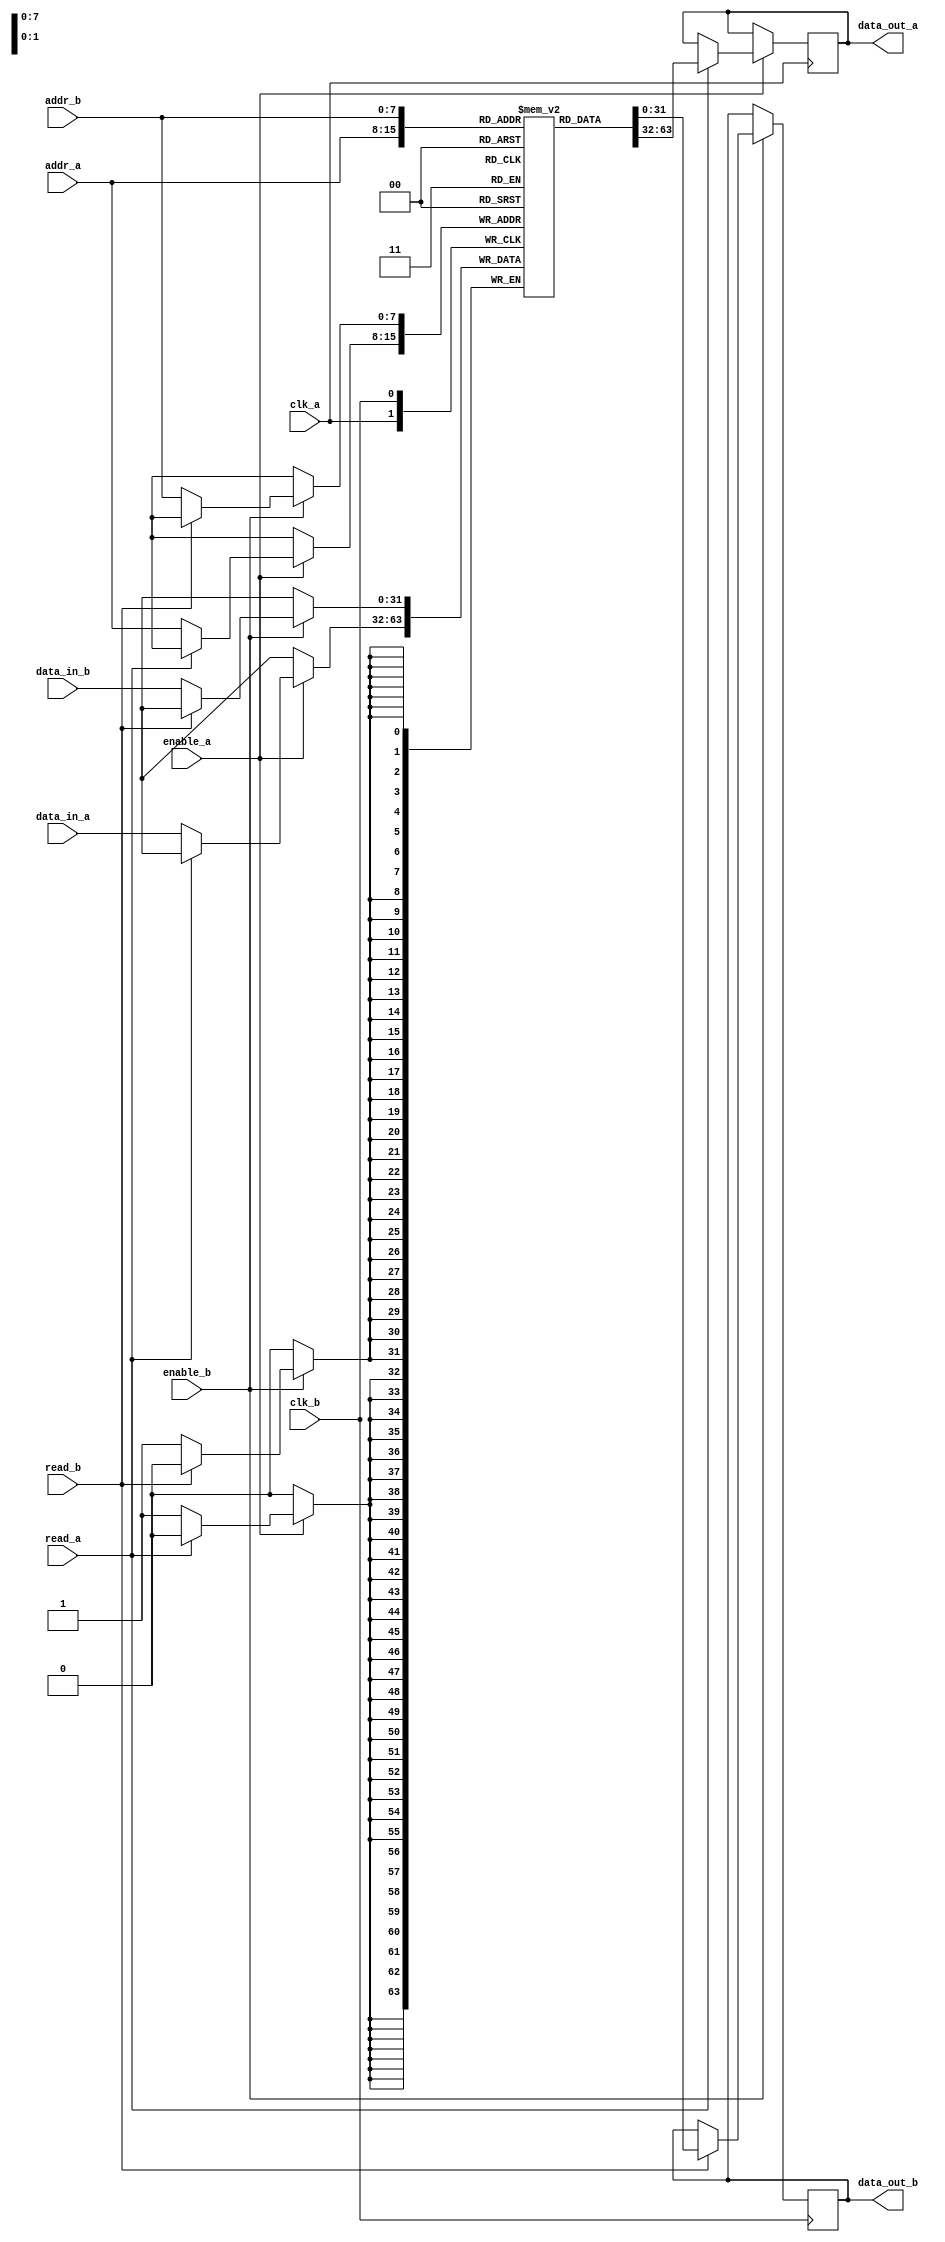
module multi_clock_domain_memory(
    input wire clk_a,            // Clock for domain A
    input wire clk_b,            // Clock for domain B
    input wire enable_a,         // Enable signal for domain A
    input wire enable_b,         // Enable signal for domain B
    input wire [7:0] addr_a,     // Address for domain A
    input wire [7:0] addr_b,     // Address for domain B
    input wire [31:0] data_in_a, // Data input for write in domain A
    input wire [31:0] data_in_b, // Data input for write in domain B
    output reg [31:0] data_out_a, // Data output for read in domain A
    output reg [31:0] data_out_b, // Data output for read in domain B
    input wire read_a,           // Read enable for domain A
    input wire read_b            // Read enable for domain B
);
    // Memory block definition
    reg [31:0] memory [255:0];  // 256 x 32-bit memory

    // Control logic for Domain A
    always @(posedge clk_a) begin
        if (enable_a) begin
            if (read_a) begin
                data_out_a <= memory[addr_a];
            end else begin
                memory[addr_a] <= data_in_a;
            end
        end
    end

    // Control logic for Domain B
    always @(posedge clk_b) begin
        if (enable_b) begin
            if (read_b) begin
                data_out_b <= memory[addr_b];
            end else begin
                memory[addr_b] <= data_in_b;
            end
        end
    end

endmodule